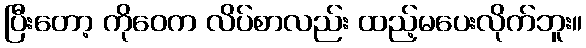
ပြီးတော့ ကိုဝေက လိပ်စာလည်း ထည့်မပေးလိုက်ဘူး။